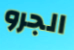
الجرو